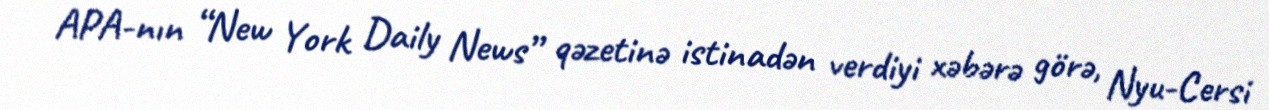
APA-nın “New York Daily News” qəzetinə istinadən verdiyi xəbərə görə, Nyu-Cersi